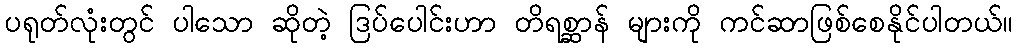
ပရုတ်လုံးတွင် ပါသော ဆိုတဲ့ ဒြပ်ပေါင်းဟာ တိရစ္ဆာန် များကို ကင်ဆာဖြစ်စေနိုင်ပါတယ်။